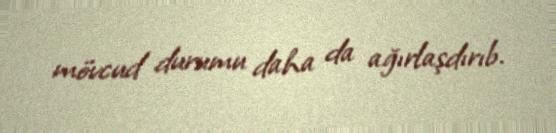
mövcud durumu daha da ağırlaşdırıb.